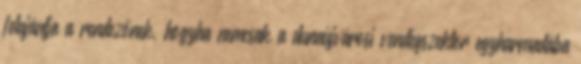
felajánlja a rendezőnek, hogyha nemcsak a dunaújvárosi vendégszektor egyharmadába